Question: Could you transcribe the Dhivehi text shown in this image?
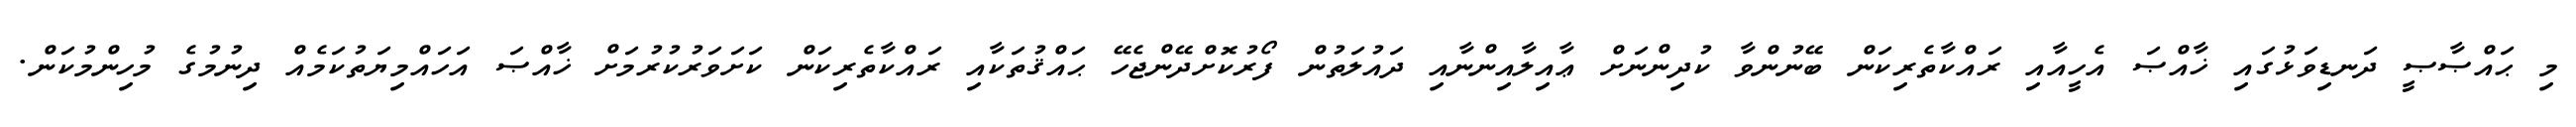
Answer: މި ޙައްޞާޞީ ދަނޑިވަޅުގައި ޚާއްޞަ އެހީއާއި ރައްކާތެރިކަން ބޭނުންވާ ކުދިންނަށް ޢާއިލާއިންނާއި ދައުލަތުން ފޯރުކޮށްދޭންޖެހޭ ޙައްޤުތަކާއި ރައްކާތެރިކަން ކަށަވަރުކުރުމަށް ޚާއްޞަ އަހައްމިޔަތުކަމެއް ދިނުމުގެ މުހިންމުކަން.